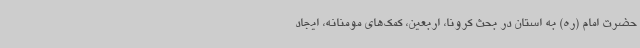
حضرت امام (ره) به استان در بحث کرونا، اربعین، کمک‌های مومنانه، ایجاد